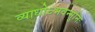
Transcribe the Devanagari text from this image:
व्याधोऽभवन्मुनिः